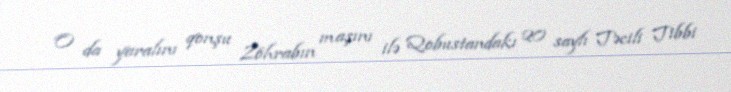
O da yaralını qonşu Zöhrabın maşını ilə Qobustandakı 20 saylı Təcili Tibbi